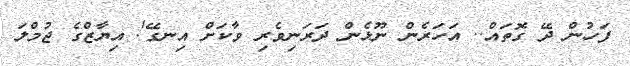
ފަހުން ދޭ ގޮތައް.. އަހަރެން ނޫޅެން ދަރަނިވެރި ވާކަށް އިނގޭ! އިޔާޒްގެ ޖުމްލަ